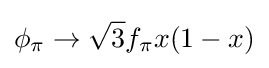
\phi _{\pi }\to {\sqrt {3}}f_{\pi }x(1-x)